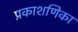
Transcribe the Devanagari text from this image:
प्रकाशणिका